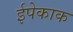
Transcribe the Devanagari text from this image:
ईपेकाक